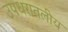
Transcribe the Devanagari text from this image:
उपधरातलीय